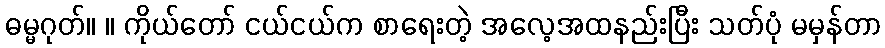
ဓမ္မဂုတ်။ ။ ကိုယ်တော် ငယ်ငယ်က စာရေးတဲ့ အလေ့အထနည်းပြီး သတ်ပုံ မမှန်တာ